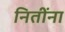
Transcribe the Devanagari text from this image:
नितींना